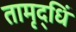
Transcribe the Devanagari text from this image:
तामृद्धिं